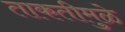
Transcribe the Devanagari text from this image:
ताकतीमुळे